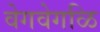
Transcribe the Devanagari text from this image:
वेगवेगळि